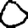
Digit: 0